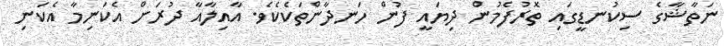
ނަތާޝާގެ ސިކުނޑީގައި ތޮރުފެމުން ދިޔައީ ފުން ހަނދާންތަކެކެވެ. އާއިލާއާ ދުރަށް އެކަނިމާ އެކަނި